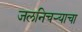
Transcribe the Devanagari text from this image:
जलनिचऱ्याचा